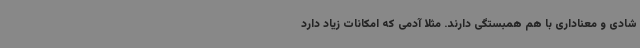
شادی و معناداری با هم همبستگی دارند. مثلاً آدمی که امکانات زیاد دارد